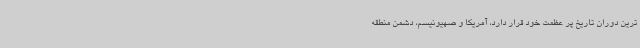
ترین دوران تاریخ پر عظمت خود قرار دارد، آمریکا و صهیونیسم، دشمن منطقه